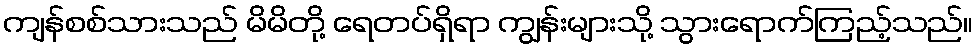
ကျန်စစ်သားသည် မိမိတို့ ရေတပ်ရှိရာ ကျွန်းများသို့ သွားရောက်ကြည့်သည်။